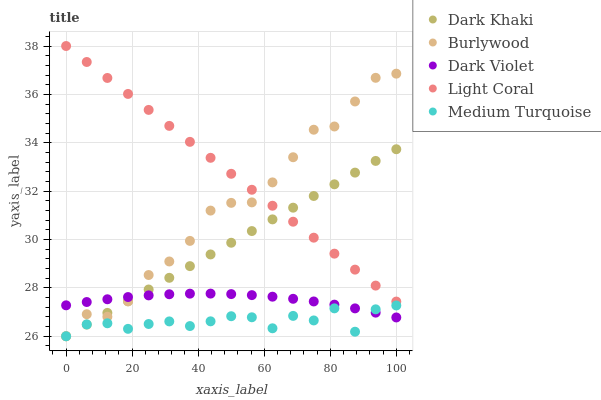
| xaxis_label | Dark Khaki | Burlywood | Dark Violet | Light Coral | Medium Turquoise |
 | --- | --- | --- | --- | --- | --- |
 | 0 | 26 | 26 | 27.3 | 38 | 26 |
 | 6.25 | 26.5 | 26.9 | 27.4 | 37.3 | 26.5 |
 | 12.5 | 27 | 26.8 | 27.5 | 36.7 | 26.5 |
 | 18.8 | 27.4 | 27.4 | 27.6 | 36 | 26.3 |
 | 25 | 27.9 | 28.5 | 27.7 | 35.4 | 26.5 |
 | 31.2 | 28.4 | 29.1 | 27.7 | 34.7 | 26.6 |
 | 37.5 | 28.9 | 29.9 | 27.8 | 34 | 26.4 |
 | 43.8 | 29.4 | 31.2 | 27.8 | 33.4 | 26.6 |
 | 50 | 29.9 | 31.5 | 27.7 | 32.7 | 26.8 |
 | 56.2 | 30.3 | 31.5 | 27.7 | 32.1 | 26.8 |
 | 62.5 | 30.8 | 32.4 | 27.6 | 31.4 | 26.3 |
 | 68.8 | 31.3 | 33.4 | 27.5 | 30.7 | 26.8 |
 | 75 | 31.8 | 34.5 | 27.4 | 30.1 | 26.7 |
 | 81.2 | 32.3 | 34.7 | 27.3 | 29.4 | 27.2 |
 | 87.5 | 32.8 | 35.7 | 27.2 | 28.8 | 26.2 |
 | 93.8 | 33.2 | 36.7 | 27 | 28.1 | 27.1 |
 | 100 | 33.7 | 36.9 | 26.8 | 27.4 | 27.3 |